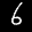
Label: 6